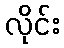
လိုင်း